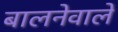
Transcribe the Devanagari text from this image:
बालनेवाले